Medical and sanitary report of the native army of Bengal for the year
Year: 1878
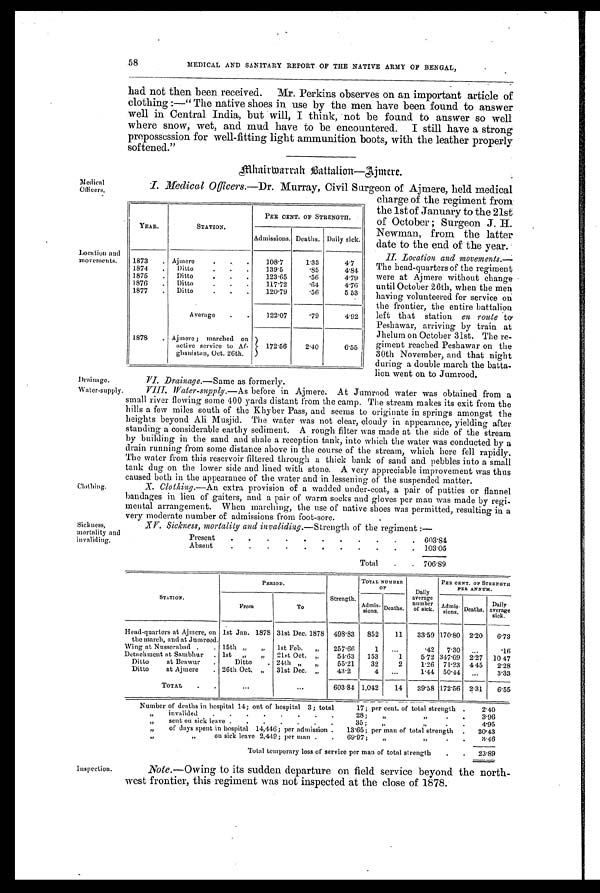
58
MEDICAL AND SANITARY REPORT OP THE NATIVE ARMY OF BENGAL,
had. not then been received. Mr. Perkins observes on an important article of
clothing :—" The native shoes in use by the men have been found to answer
well in Central India, but will, I think, not be found to answer so well
where snow, wet, and mud have to be encountered. I still have a strong
prepossession for well-fitting light ammunition boots, with the leather properly
softened. "
Mhairwarrah Battalion—Ajmere.
Medical Ifficer
Location an,
movements.
Clothing.
Sickness,
mortality and
in validing.
Drainage.
Water-supply.
I. Medical Officers. —Dr. Murray, Civil Surgeon of Ajmere, held medical
charge of the regiment from
the 1st of January to the 21st
of October ; Surgeon J. H.
Newman, from the latter
date to the end of the year.
II. Location and movements.—
The head-quarters of the regiment
were at Ajmere without change
until October 26th, when the men
having volunteered for service on
the frontier, the entire battalion
left that station en route to
Peshawar, arriving by train at
Jhelum on October 31st. The re-
giment reached Peshawar on the
30th November, and that night
during a double march the batta-
lion went on to Jumrood.
V I . D r a i n a g e .—
S
a m e
a s f o r m e r l y .
VIII. Water-supply. —As before in Ajmere. At Jumrood water was obtained from a
small river flowing some 400 yards distant from the camp. The stream makes its exit from the
hills a few miles south of the Khyber Pass, and seems to originate in springs amongst the
heights beyond Ali Musjid. The water was not clear, cloudy in appearance, yielding after
standing a considerable earthy sediment. A rough filter was made at the side of the stream
by building in the sand and shale a reception tank, into which the water was conducted by a
drain running from some distance above in the course of the stream, which here fell rapidly.
The water from this reservoir filtered through a thick bank of sand and pebbles into a small
tank dug on the lower side and lined with stone. A very appreciable improvement was thus
caused both in the appearance of the water and in lessening of the suspended matter.
X. Clothing.—An extra provision of a wadded under-coat, a pair of putties or flannel
bandages in lieu of gaiters, and a pair of warm socks and gloves per man was made by regi-
mental arrangement. When marching, the use of native shoes was permitted, resulting in a
very moderate number of admissions from foot-sore.
XV. Sickness, mortality and invaliding. —Strength of the regiment :—
Present
.
.
.
.
.
.
.
.
. .
. 603.84
Absent
. .
.
.
.
.
.
.
.
.
. 103.05
Total
.
. 706.89
STATION.
PERIOD.
Strength.
TOTAL NUMBER
OF
Daily
.
averae
number
of sick.
PER CENT. OF STRENGTH
PER ANNUM.
From
T o
Admis-
sions. Deaths.
Admis-
sions Deaths.
Daily
average
sick.
Head-quarters at Ajmere, on
the march, and at Jumrood.
1st Jan. 1878 31st Dec. 1878
498.83
852
11
33.59 170.80
2.20
6.73
Wing at Nusserabad .
. 15th „
„
1st Feb.
„
257.66
1 ...
.42
7.30
...
.16
Detachment at Sambhur
. 1st
„
„
21st Oct. „
51.63
153
1
5.72 347.69
2.27
10.47
Ditto at Beawur
.
Ditto
. 24th „
„
55.21
32
2
1.26 71.23 4.45
2.28
Ditto at Ajmere
. 26th Oct. „
31st Dec. „
43.2
4
. . .
1.44 50'44.
...
3.33
TOTAL
.
. . .
...
603.84 1,042
14
39.58 172.56
2.31
6.55
YEAR.
STATION.
PER CENT. OF STRENGTH.
Admissions. Deaths. Daily sick.
1873
. Ajmere
.
.
108.7
1.33
4.7
1874
.
Ditto
.
.
.
139.5
.85
4.84.
1875
.
Ditto
.
.
.
123.65
.56
4.79
1876
.
Ditto
.
.
.
117.72
.64
4.76
1877
.
Ditto
.
.
.
120.79
.56
5 53
Average
.
.
122.07
.79
4.92
1878
. Ajmere ; marched on
active service to Af-
ghanistan, Oct. 26th.
172.56
2.40
6.55
Number of deaths in hospital 14; out of hospital 3; total
17; per cent, of total strength .
2.40
,, invalided . . . . . . . . 23;
„
3.96
, , sent on si ck l eave . . . . . . . 35; „ .
.
4.95
,, of' days spent in hospital 14,446; per admission . 13'65; per man of total strength
.
20.43
„
on sick leave 2,419; per man .
. 6 9 ' 9 7 ;
„ .
.
3.16
Total temporary loss of service per man of total strength
.
.
23.89
Inspection.
Note. —Owing to its sudden departure on field service beyond the north-
west frontier, this regiment was not inspected at the close of 1878.